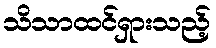
သိသာထင်ရှားသည့်